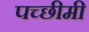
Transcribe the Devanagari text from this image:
पच्छीमी